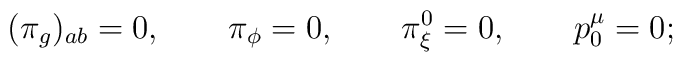
\qquad (\pi_g)_{ab}=0, \qquad \pi_\phi=0, \qquad \pi^0_\xi=0,\qquad p^\mu_0=0;